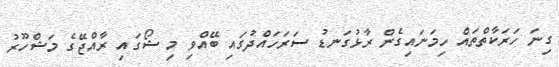
ގިނަ ހަރަކާތްތައް ހިމަނައިގެން ރާޅުގަނޑު ސަރަހައްދުގައި ބޭއްވި މި ޝޯގައި ރާއްޖޭގެ މަޝްހޫރު